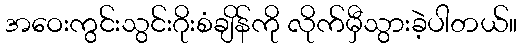
အဝေးကွင်းသွင်းဂိုးစံချိန်ကို လိုက်မှီသွားခဲ့ပါတယ်။